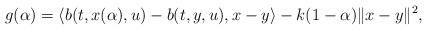
LaTeX: \begin{align*}g(\alpha) = \langle b(t,x(\alpha),u) - b(t,y,u), x-y \rangle - k (1-\alpha) \| x-y \|^2 ,\end{align*}